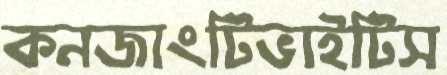
কনজাংটিভাইটিস